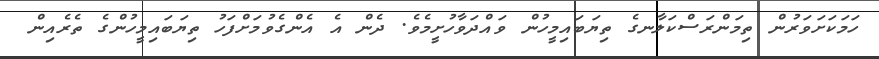
ހަމަކަށަވަރުން ތިމަންރަސްކަލާނގެ ތިޔަބައިމީހުން ވައްދަވާހުށީމެވެ. ދެން އެ އެންގެވުމަށްފަހު ތިޔަބައިމީހުންގެ ތެރެއިން